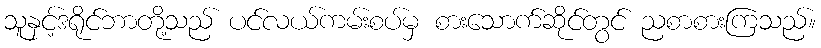
သူနှင့်ဒရိုင်ဘာတို့သည် ပင်လယ်ကမ်းစပ်မှ စားသောက်ဆိုင်တွင် ညစာစားကြသည်။